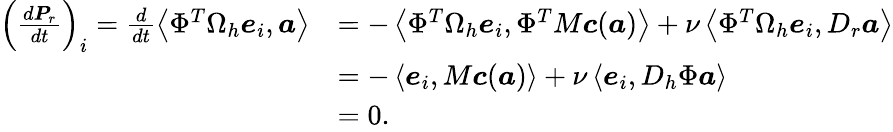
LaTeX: \begin{array}{rl}{\left(\frac{d\boldsymbol{P}_{r}}{dt}\right)_{i}=\frac{d}{dt}\left<\Phi^{T}\Omega_{h}\boldsymbol{e}_{i},\boldsymbol{a}\right>}&{=-\left<\Phi^{T}\Omega_{h}\boldsymbol{e}_{i},\Phi^{T}M\boldsymbol{c}(\boldsymbol{a})\right>+\nu\left<\Phi^{T}\Omega_{h}\boldsymbol{e}_{i},D_{r}\boldsymbol{a}\right>}\\ &{=-\left<\boldsymbol{e}_{i},M\boldsymbol{c}(\boldsymbol{a})\right>+\nu\left<\boldsymbol{e}_{i},D_{h}\Phi\boldsymbol{a}\right>}\\ &{=0.}\end{array}